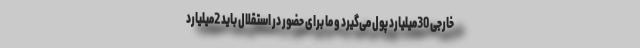
خارجی 30میلیارد پول می‌گیرد و ما برای حضور در استقلال باید 2میلیارد